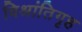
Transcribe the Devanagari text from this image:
विश्रांतिगृह